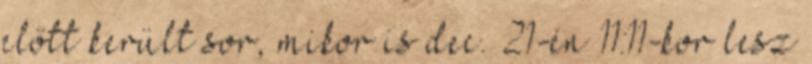
előtt került sor, mikor is dec. 21-én 11:11-kor lesz